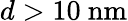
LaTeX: d>10~\mathrm{nm}